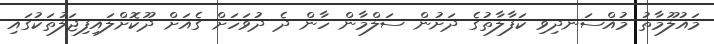
މައުލޫމާތު މުއްސަނދިވި ކަފާލާތުގެ ދަށުން ސަލްމާން ހާން ދެ ދުވަހަށް ގެއަށް ދޫކޮށްލައިފިޖަލުތަކުގައި